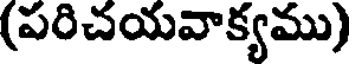
(పరిచయవాక్యము)